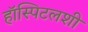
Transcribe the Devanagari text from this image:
हॉस्पिटलशी